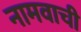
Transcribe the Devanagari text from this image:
नामवाची